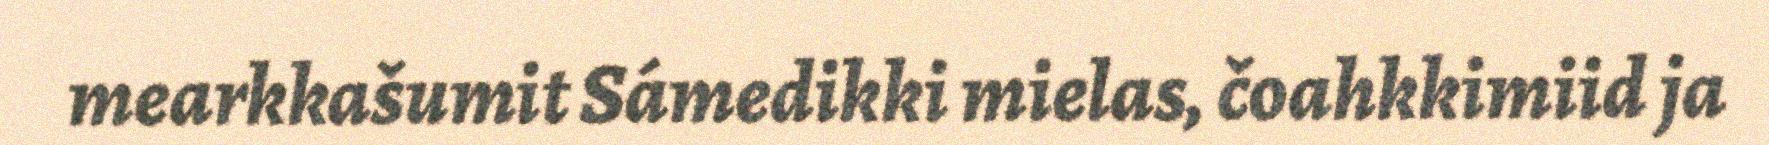
mearkkašumit Sámedikki mielas, čoahkkimiid ja